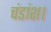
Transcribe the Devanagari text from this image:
चंडांश।